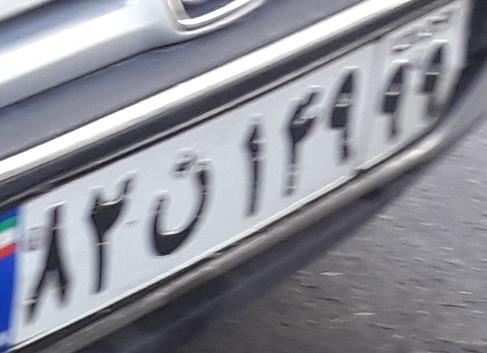
۸۲ن۱۴۹۹۹